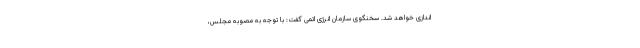
اندازی خواهد شد. سخنگوی سازمان انرژی اتمی گفت: با توجه به مصوبه مجلس،